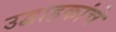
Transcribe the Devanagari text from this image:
उद्वाहकांचे